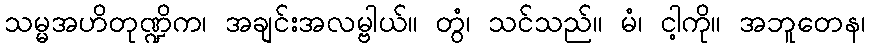
သမ္မအဟိတုဏ္ဍိက၊ အချင်းအလမ္ဗါယ်။ တွံ၊ သင်သည်။ မံ၊ ငါ့ကို။ အဘူတေန၊